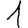
Digit: 1